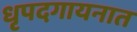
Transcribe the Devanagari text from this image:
धृपदगायनात